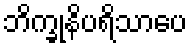
ဘိက္ခုနိပရိသာပေ